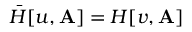
\bar { H } [ u , \mathbf { A } ] = H [ v , \mathbf { A } ]